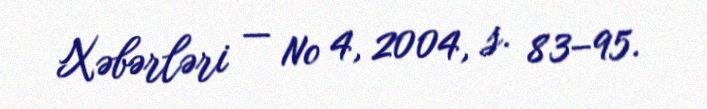
Xəbərləri — № 4, 2004, s. 83–95.